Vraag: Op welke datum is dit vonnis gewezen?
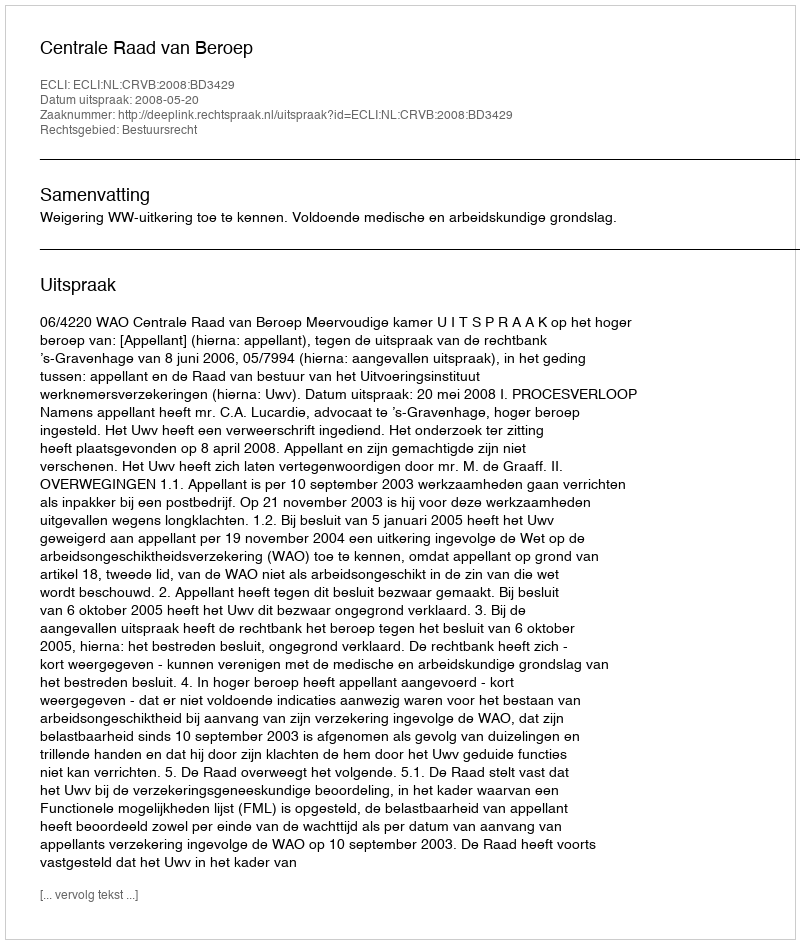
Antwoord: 2008-05-20